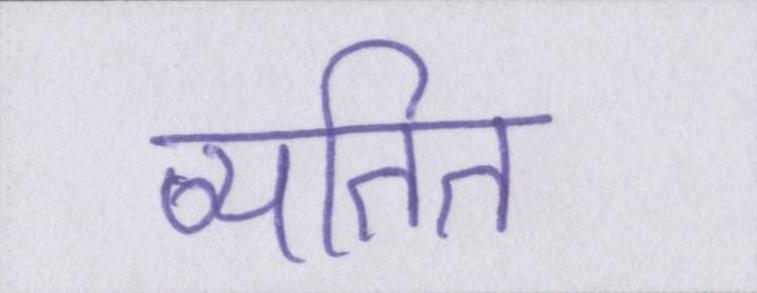
व्यतित